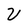
Character: U